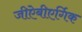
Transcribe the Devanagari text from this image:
जीऐबीएर्गिक